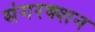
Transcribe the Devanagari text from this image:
संगरक्शन